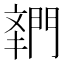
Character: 𬮌